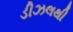
ડીઝલથી